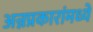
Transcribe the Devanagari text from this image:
अन्नप्रकारांमध्ये